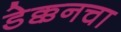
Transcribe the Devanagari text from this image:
डेक्कनचा